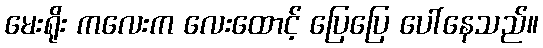
မေးရိုး ကလေးက လေးထောင့် ပြေပြေ ပေါ်နေသည်။